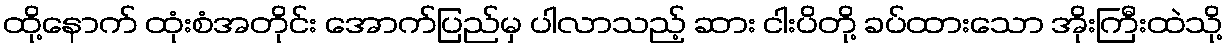
ထို့နောက် ထုံးစံအတိုင်း အောက်ပြည်မှ ပါလာသည့် ဆား ငါးပိတို့ ခပ်ထားသော အိုးကြီးထဲသို့